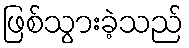
ဖြစ်သွားခဲ့သည်